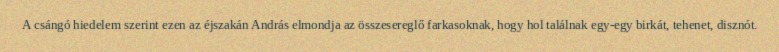
A csángó hiedelem szerint ezen az éjszakán András elmondja az összesereglő farkasoknak, hogy hol találnak egy-egy birkát, tehenet, disznót.